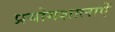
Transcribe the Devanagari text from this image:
प्रयोगशालाऐं